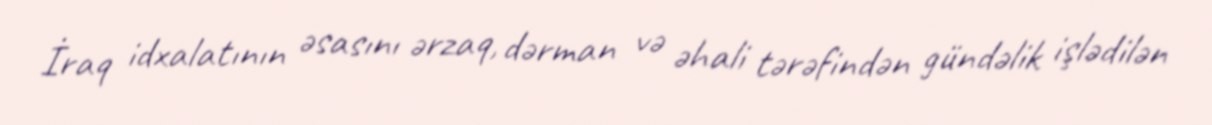
İraq idxalatının əsasını ərzaq, dərman və əhali tərəfindən gündəlik işlədilən